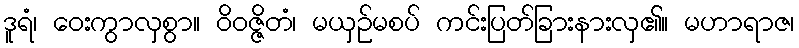
ဒူရံ၊ ဝေးကွာလှစွာ။ ဝိဝဇ္ဇိတံ၊ မယှဉ်မစပ် ကင်းပြတ်ခြားနားလှ၏။ မဟာရာဇ၊